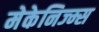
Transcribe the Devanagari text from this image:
मेकेनिज्म्स